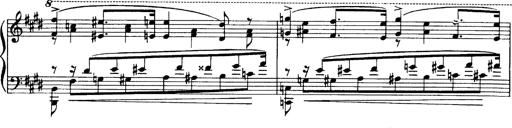
Title: OuvertÃ¼re zu TannhÃ¤user
Composer: Franz Liszt